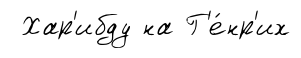
Хар'ибду на Г'е́нр'их